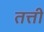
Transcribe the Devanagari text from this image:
तत्ती